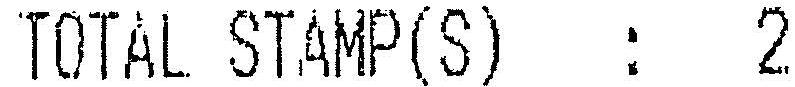
TOTAL STAMP(S) : 2